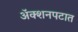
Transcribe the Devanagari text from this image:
अॅक्शनपटात